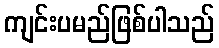
ကျင်းပမည်ဖြစ်ပါသည်